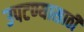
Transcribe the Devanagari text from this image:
उपटण्यासाठी